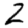
Digit: 2